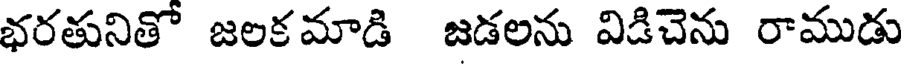
భరతునితో జలకమాడి జడలను విడిచెను రాముడు